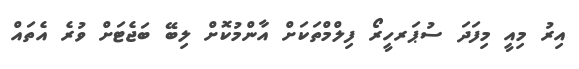
އިރު މިއީ މިފަދަ ސުޕަރހީރޯ ފިލްމްތަކަށް އާންމުކޮށް ލިބޭ ބަޖެޓަށް ވުރެ އެތައް